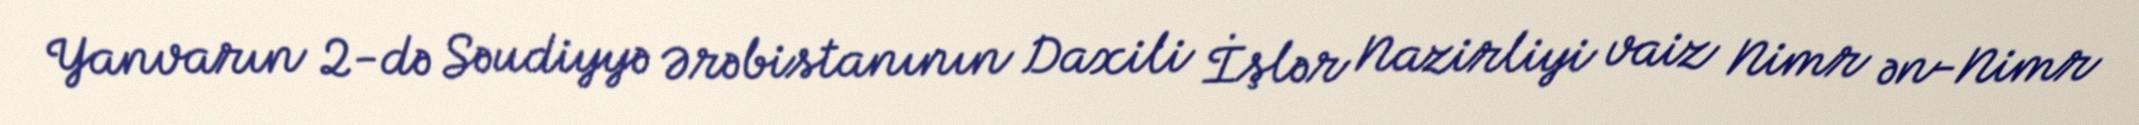
Yanvarın 2-də Səudiyyə Ərəbistanının Daxili İşlər Nazirliyi vaiz Nimr ən-Nimr